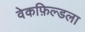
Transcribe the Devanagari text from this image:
वेकफ़िल्डला